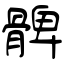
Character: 髀